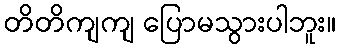
တိတိကျကျ ပြောမသွားပါဘူး။